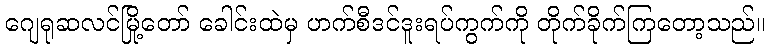
ဂျေရုဆလင်မြို့တော် ခေါင်းထဲမှ ဟက်စီဒင်ဒူးရပ်ကွက်ကို တိုက်ခိုက်ကြတော့သည်။